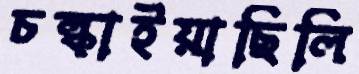
চল্‌কাইয়াছিলি